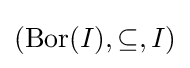
(\operatorname {Bor} (I),\subseteq ,I)